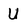
Character: U